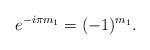
LaTeX: \begin{gather*}e^{-i\pi m_1} = (-1)^{m_1}.\end{gather*}